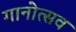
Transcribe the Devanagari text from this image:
गानोत्सव